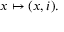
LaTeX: x \mapsto ( x , i ) .